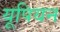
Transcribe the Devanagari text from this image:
यूपियन